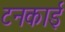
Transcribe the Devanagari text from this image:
टनकाई